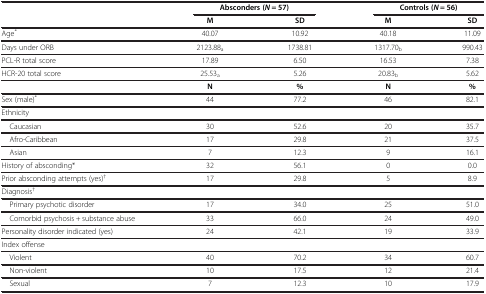
<table><thead><tr><td><b> </b></td><td colspan="2"><b>Absconders (<i>N</i> = 57)</b></td><td colspan="2"><b>Controls (<i>N</i> = 56)</b></td></tr><tr><td><b> </b></td><td><b>M</b></td><td><b>SD</b></td><td><b>M</b></td><td><b>SD</b></td></tr></thead><tbody><tr><td>Age<sup>*</sup></td><td>40.07</td><td>10.92</td><td>40.18</td><td>11.09</td></tr><tr><td>Days under ORB</td><td>2123.88<sub>a</sub></td><td>1738.81</td><td>1317.70<sub>b</sub></td><td>990.43</td></tr><tr><td>PCL-R total score</td><td>17.89</td><td>6.50</td><td>16.53</td><td>7.38</td></tr><tr><td>HCR-20 total score</td><td>25.53<sub>a</sub></td><td>5.26</td><td>20.83<sub>b</sub></td><td>5.62</td></tr><tr><td> </td><td><b>N</b></td><td><b>%</b></td><td><b>N</b></td><td><b>%</b></td></tr><tr><td>Sex (male)<sup>*</sup></td><td>44</td><td>77.2</td><td>46</td><td>82.1</td></tr><tr><td>Ethnicity</td><td> </td><td> </td><td> </td><td> </td></tr><tr><td> Caucasian</td><td>30</td><td>52.6</td><td>20</td><td>35.7</td></tr><tr><td> Afro-Caribbean</td><td>17</td><td>29.8</td><td>21</td><td>37.5</td></tr><tr><td> Asian</td><td>7</td><td>12.3</td><td>9</td><td>16.1</td></tr><tr><td>History of absconding*</td><td>32</td><td>56.1</td><td>0</td><td>0.0</td></tr><tr><td>Prior absconding attempts (yes)<sup>†</sup></td><td>17</td><td>29.8</td><td>5</td><td>8.9</td></tr><tr><td>Diagnosis<sup>†</sup></td><td> </td><td> </td><td> </td><td> </td></tr><tr><td> Primary psychotic disorder</td><td>17</td><td>34.0</td><td>25</td><td>51.0</td></tr><tr><td> Comorbid psychosis + substance abuse</td><td>33</td><td>66.0</td><td>24</td><td>49.0</td></tr><tr><td>Personality disorder indicated (yes)</td><td>24</td><td>42.1</td><td>19</td><td>33.9</td></tr><tr><td>Index offense</td><td> </td><td> </td><td> </td><td> </td></tr><tr><td> Violent</td><td>40</td><td>70.2</td><td>34</td><td>60.7</td></tr><tr><td> Non-violent</td><td>10</td><td>17.5</td><td>12</td><td>21.4</td></tr><tr><td> Sexual</td><td>7</td><td>12.3</td><td>10</td><td>17.9</td></tr></tbody></table>